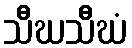
သီဃသီဃံ